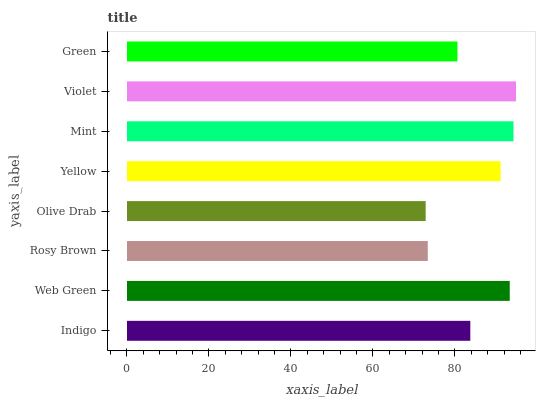
| yaxis_label | bars |
 | --- | --- |
 | Indigo | 83.8 |
 | Web Green | 93.4 |
 | Rosy Brown | 73.4 |
 | Olive Drab | 72.9 |
 | Yellow | 91.2 |
 | Mint | 94.3 |
 | Violet | 94.9 |
 | Green | 80.6 |